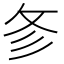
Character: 㣊